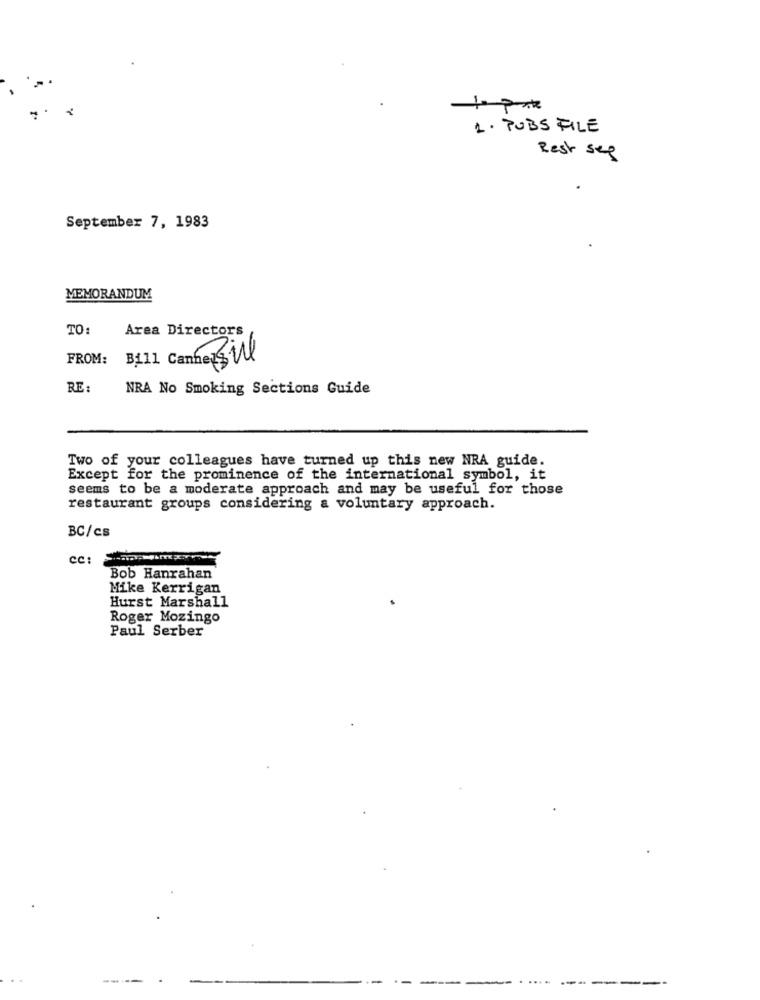
to pat
1. PUBS FILE
Rest see
September 7, 1983
MEMORANDUM
TO:
Area Directors
FROM: Bill Canne sill
RE:
NRA No Smoking Sections Guide
Two of your colleagues have turned up this new NRA guide.
Except for the prominence of the international symbol, it
seems to be a moderate approach and may be useful for those
restaurant groups considering a voluntary approach.
BC/cs
Bob Hanrahan
Mike Kerrigan
Hurst Marshall
Roger Mozingo
Paul Serber
--.
----